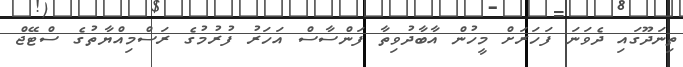
ތިނަދޫގައި ދެވަނަ ފަހަރަށް މީހުން އާބާދުވިތާ ފަންސާސް އަހަރު ފުރުމުގެ ރަސްމިއްޔާތުގެ ސްޓޭޖް